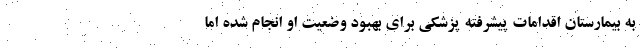
به بیمارستان اقدامات پیشرفته پزشکی برای بهبود وضعیت او انجام شده اما